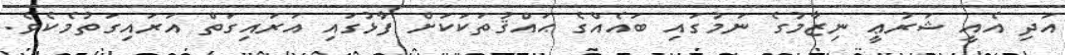
އަދި އެއީ ޝަރުޢީ ނިޒާމުގެ ނަމުގައި ބައެއްގެ ޙައްޤުތަކަކަށް ފާޅުގައި އަރައިގަތް އަރައިގަތުމެކެވެ.